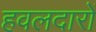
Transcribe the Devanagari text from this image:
हवलदारों